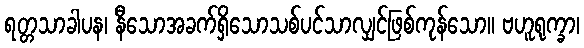
ရတ္တသာခါပန၊ နီသောအခက်ရှိသောသစ်ပင်သာလျှင်ဖြစ်ကုန်သော။ ဗဟူရုက္ခာ၊